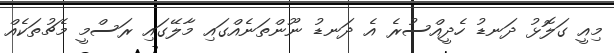
މިއީ ގަލޮޅު ދަނޑު ހެދީއްސުރެ އެ ދަނޑު ނޫންތަނެއްގައި މާލޭގައި ރަސްމީ މެޗުތަކެއް